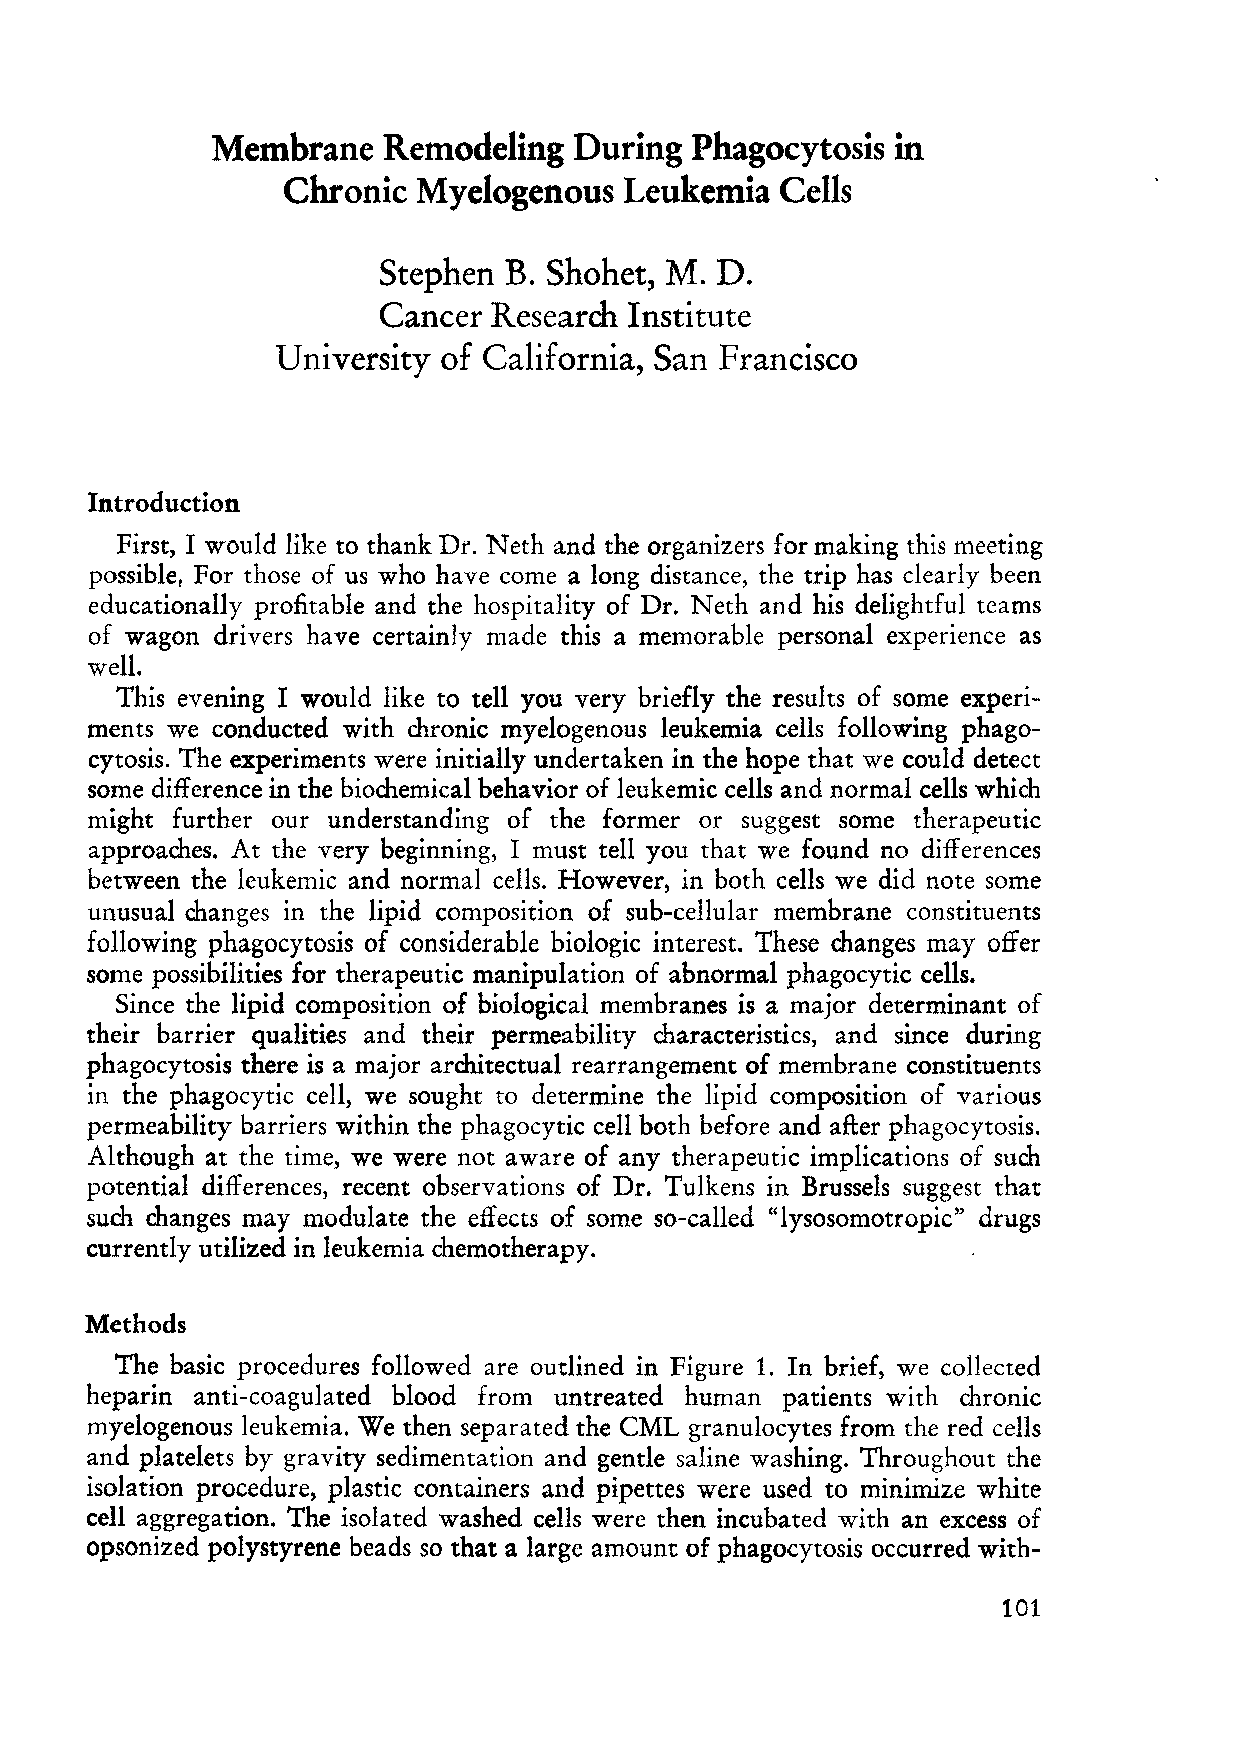
Membrane   Remodeling   During  Phagocytosis in
 Chronic  Myelogenous  Leukemia   Cells
 Stephen B. Shohet, M. D.
 Cancer Research  Institute
 University of California, San Francisco
 Introduction
 First, I would like to thank Dr. Neth and the organizers for making this meeting
 possible For those of us who have co me a long distance, the trip has clearly been
 r
 educationally profitable and the hospitality of Dr. Neth and his delightful teams
 of wagon drivers have certainly made this a memorable personal experience as
 well.
 This evening I would like to tell you very briefly the results of some experi
 ments we conducted with duonic myelogenous leukemia cells following phago
 cytosis. The experiments were initially undertaken in the hope that we could detect
 some difference in the biochemical behavior of leukemic cells and normal ceUs which
 might further our understanding of the former or suggest some therapeutic
 approaches. At the very beginning, I must tell you that we found no differences
 between the leukemic and normal cells. However, in both cells we did note some
 unusual changes in the lipid composition of sub-cellular membrane eonstituents
 following phagocytosis of considerable biologie interest. These changes may offer
 so me possibilities for therapeutie manipulation of abnormal phagocytic cells.
 Since the lipid eomposition of biologieal membranes is a major determinant of
 their barrier qualities and their permeability charaeteristics, and since during
 phagocytosis there is a major architectual rearrangement of membrane constituents
 in the phagocytie ceU, we sought to determine the lipid eomposition of various
 permeability barriers within the phagoeytic cell both before and after phagocytosis.
 Although at the time, we were not aware of any therapeutie implications of such
 potential differenees, recent observations of Dr. Tulkens in Brussels suggest that
 such changes may modulate the effects of some so-called "lysosomotropic" drugs
 eurrently utilized in leukemia chemotherapy.
 Methods
 The basic procedures foUowed are outlined in Figure 1. In brief, we collected
 heparin anti-eoagulated blood from untreated human patients with chronic
 myelogenous leukemia. We then separated the CML granulocytes from the red eells
 and platelets by gravity sedimentation and gentle saline washing. Throughout the
 isolation proeedure, plastic containers and pipettes were used to minimize white
 cell aggregation. The isolated washed cells were then incubated with an excess of
 opsonized polystyrene beads so that a large amount of phagocytosis occurred with-
 101